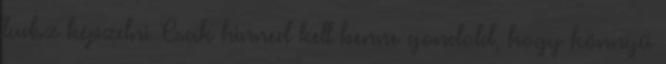
tudsz képzelni Csak hinned kell benne gondold, hogy könnyű